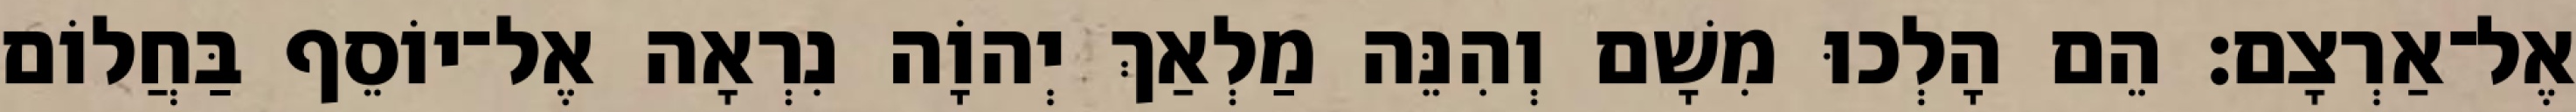
אֶל־אַרְצָם׃ הֵם הָלְכוּ מִשָׁם וְהִנֵּה מַלְאַךְ יְהוָֹה נִרְאָה אֶל־יוֹסֵף בַּחֲלוֹם